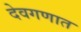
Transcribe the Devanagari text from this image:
देवगणात